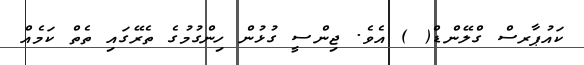
ކައުޕާރސް ގްލޭންޑް( ) އެވެ. ޖިންސީ ގުޅުން ހިންގުމުގެ ތެރޭގައި ތެތް ކަމެއް